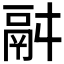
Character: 𩰫